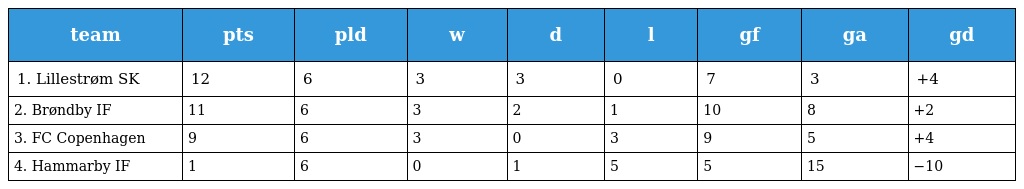
| team | pts | pld | w | d | l | gf | ga | gd |
 | --- | --- | --- | --- | --- | --- | --- | --- | --- |
 | 1. Lillestrøm SK | 12 | 6 | 3 | 3 | 0 | 7 | 3 | +4 |
 | 2. Brøndby IF | 11 | 6 | 3 | 2 | 1 | 10 | 8 | +2 |
 | 3. FC Copenhagen | 9 | 6 | 3 | 0 | 3 | 9 | 5 | +4 |
 | 4. Hammarby IF | 1 | 6 | 0 | 1 | 5 | 5 | 15 | −10 |